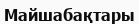
Майшабақтары